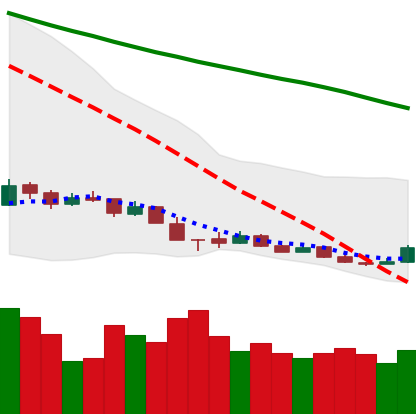
Ticker: XMR-USD
Chart end date: 2018-12-17
Forward return: 18.032%
Label: up_7plus